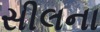
સીલના